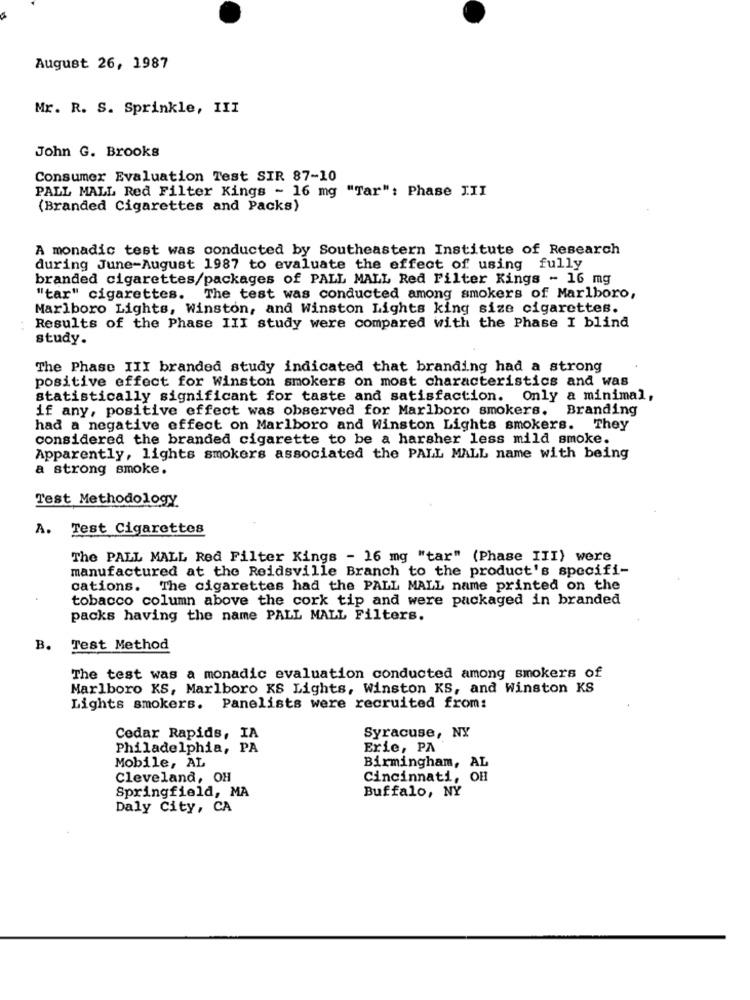
August 26, 1987
Mr. R. S. Sprinkle, III
John G. Brooks
Consumer Evaluation Test SIR 87-10
PALL MALL Red Filter Kings - 16 mg "Tar": Phase III
(Branded Cigarettes and Packs)
A monadic test was conducted by Southeastern Institute of Research
during June-August 1987 to evaluate the effect of using fully
branded cigarettes/packages of PALL MALL Red Filter Kings - 16 mg
"tar" cigarettes. The test was conducted among smokers of Marlboro,
Marlboro Lights, Winston, and Winston Lights king size cigarettes.
Results of the Phase III study were compared with the Phase I blind
study.
The Phase III branded study indicated that branding had a strong
positive effect for Winston smokers on most characteristics and was
statistically significant for taste and satisfaction. Only a minimal,
if any, positive effect was observed for Marlboro smokers. Branding
had a negative effect on Marlboro and Winston Lights smokers. They
considered the branded cigarette to be a harsher less mild smoke.
Apparently, lights smokers associated the PALL MALL name with being
a strong smoke.
Test Methodology
A. Test Cigarettes
The PALL MALL Red Filter Kings - 16 mg "tar" (Phase III) were
manufactured at the Reidsville Branch to the product's specifi-
cations. The cigarettes had the PALL MALL name printed on the
tobacco column above the cork tip and were packaged in branded
packs having the name PALL MALL Filters.
B.
Test Method
The test was a monadic evaluation conducted among smokers of
Marlboro KS, Marlboro KS Lights, Winston KS, and Winston KS
Lights smokers. Panelists were recruited from:
Cedar Rapids, IA
Syracuse, NY
Philadelphia, PA
Eric, PA
Mobile, AL
Birmingham, AL
Cleveland, OH
Cincinnati, OH
Buffalo, NY
Springfield, MA
Daly City, CA